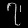
Digit: ၇